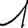
Digit: 1